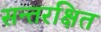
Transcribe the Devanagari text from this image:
सन्तरक्षित